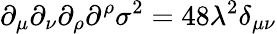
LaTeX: \partial_{\mu}\partial_{\nu}\partial_{\rho}\partial^{\rho}\sigma^{2}=48\lambda^{2}\delta_{\mu\nu}